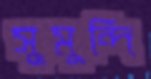
সুমুন্দি